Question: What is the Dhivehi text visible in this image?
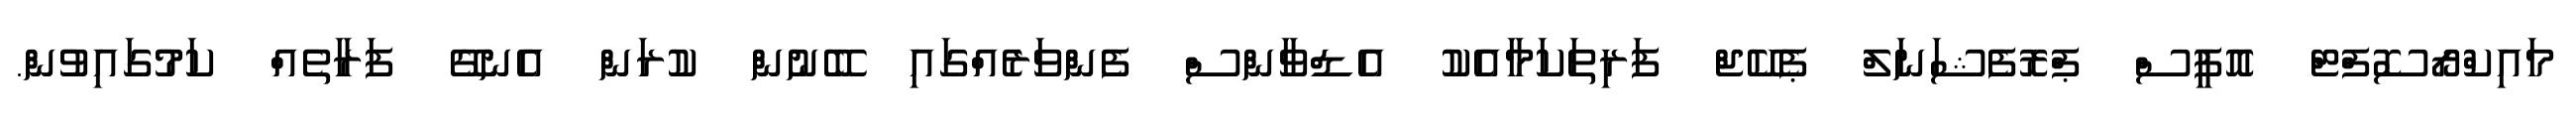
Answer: މައިކްރޯސޮފްޓް އޮފީސް ޕްރޮފެޝަނަލް ޕެކޭޖް ފަރިތަކަމާއެކު އެޑްވާންސް ފެންވަރެއްގައި ބޭނުން ކުރަން އެނގޭ ފަރާތެއް ކަމުގައިވުން.